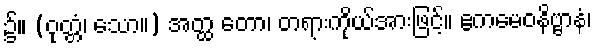
၌။ (ဝုတ္တံ၊ သော။) အတ္ထ တော၊ တရားကိုယ်အားဖြင့်။ ဧကမေဝနိဗ္ဗာနံ၊